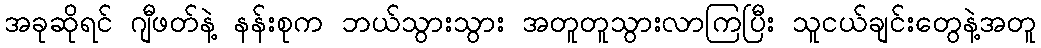
အခုဆိုရင် ဂျီဖတ်နဲ့ နန်းစုက ဘယ်သွားသွား အတူတူသွားလာကြပြီး သူငယ်ချင်းတွေနဲ့အတူ